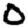
Digit: 0